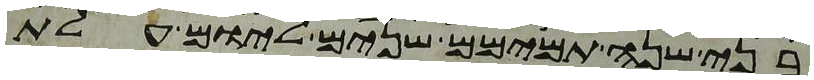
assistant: בני שנה תמימם שנים ליום עלת